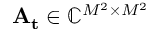
\mathbf { A _ { t } } \in \mathbb { C } ^ { M ^ { 2 } \times M ^ { 2 } }